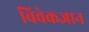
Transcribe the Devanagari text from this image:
विवेकज्ञान